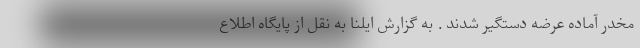
مخدر آماده عرضه دستگیر شدند . به گزارش ایلنا به نقل از پایگاه اطلاع